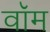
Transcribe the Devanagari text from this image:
वॉम